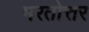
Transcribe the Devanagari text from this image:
भरतोत्तर